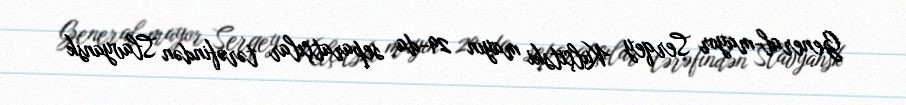
General-mayor Serqey Kulçitski mayın 29-da separatçılar tərəfindən Slavyansk